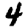
Digit: 4